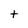
Character: t